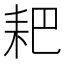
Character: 耙